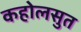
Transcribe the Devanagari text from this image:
कहोलसुत